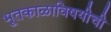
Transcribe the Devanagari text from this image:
भूतकाळाविषयीची